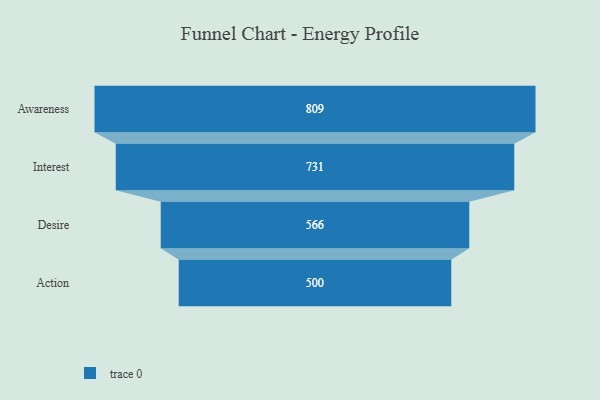
{"axis": {"x": "Stage", "y": "Value"}, "legend": [""], "data": [{"x": "Awareness", "y": 809.0, "type": ""}, {"x": "Interest", "y": 731.0, "type": ""}, {"x": "Desire", "y": 566.0, "type": ""}, {"x": "Action", "y": 500, "type": ""}]}